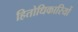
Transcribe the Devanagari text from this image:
हितोधिकारियों